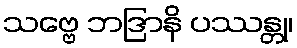
သဗ္ဗေ ဘဒြာနိ ပဿန္တု၊